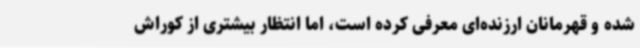
شده و قهرمانان ارزنده‌ای معرفی کرده است، اما انتظار بیشتری از کوراش